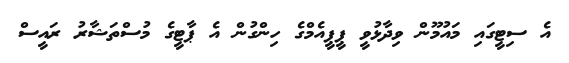
އެ ސިޓީގައި މައުމޫން ވިދާޅުވީ ޕީޕީއެމްގެ ހިންގުން އެ ޕާޓީގެ މުސްތަޝާރު ރައީސް